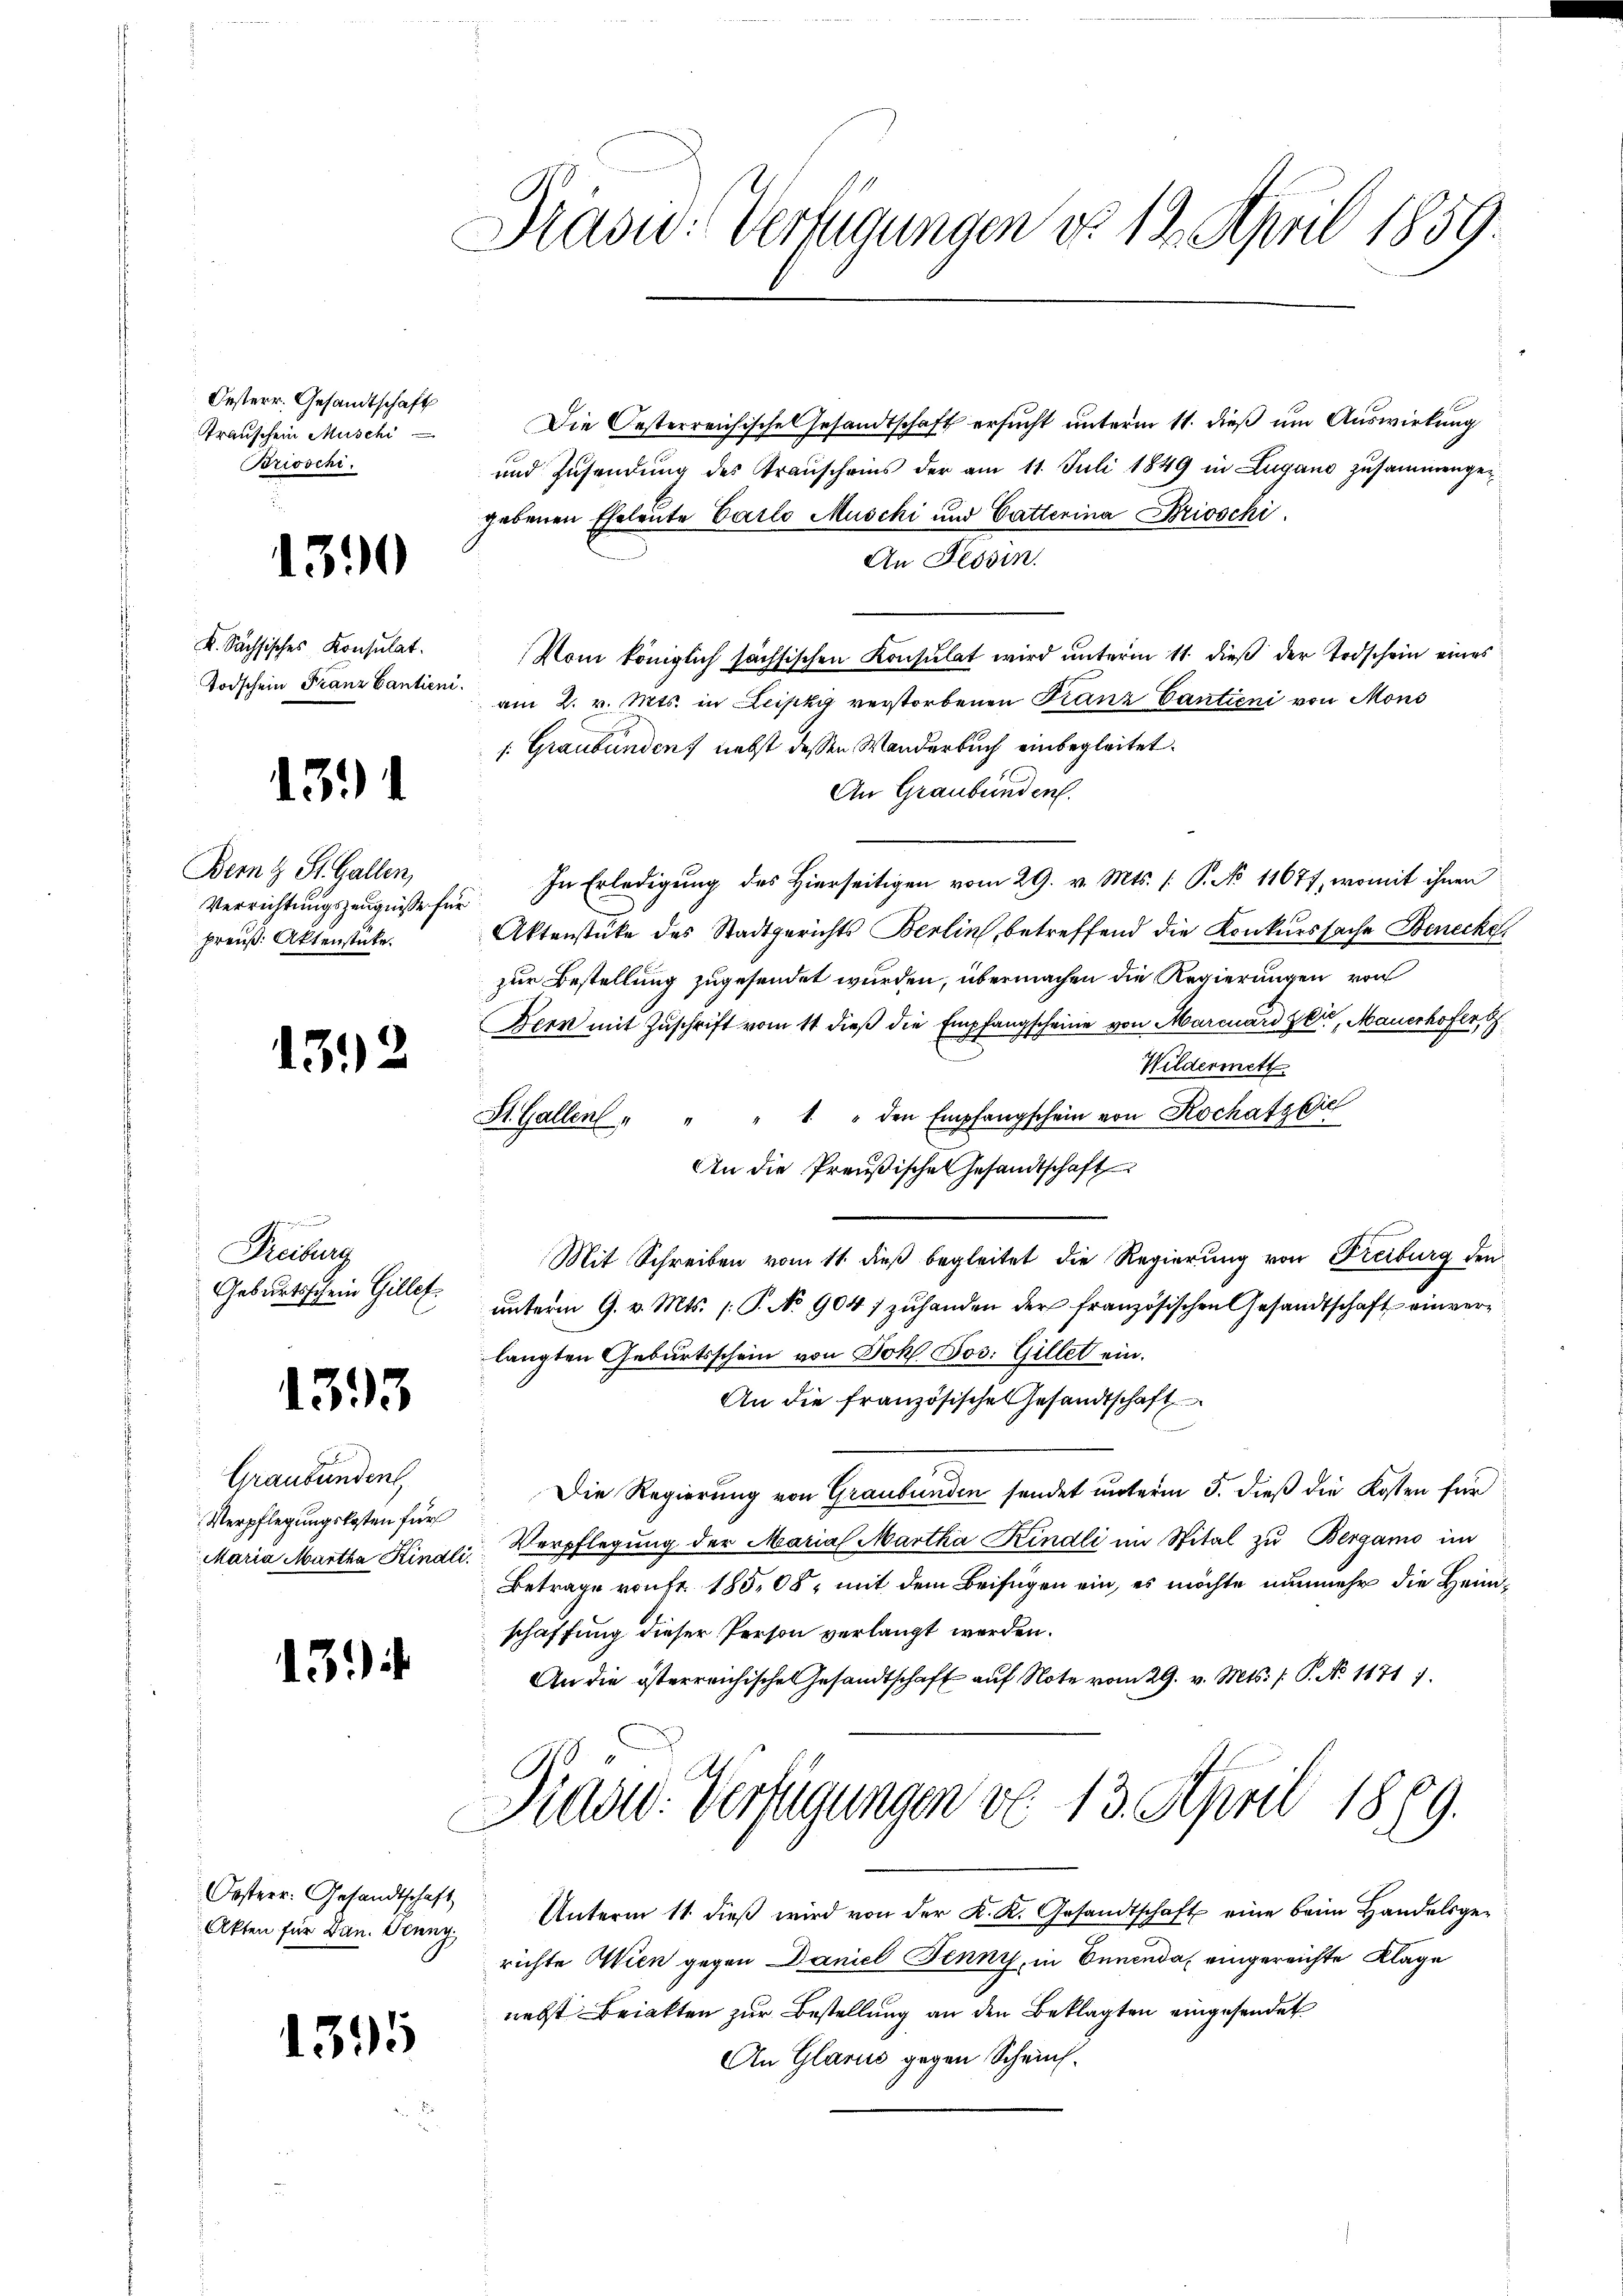
Oesterr. Gesandtschaft
Transchein Muschi
Brioschi

1390

K. Sächsisches Konsulat.
Todschein Franz Cantieni

1394

Bern St. Gallen,
Verrichtungszeugnisse für
preuß. Aktenstücke.

1332

Freiburg
Geburtsschein Gillet

1393

Graubünden
Verpflegungskosten für
Maria Martha Kinali.

13

Oesterr. Gesandtschaft
Akten für Dan. Obung,

1395

Hasw: Verfügungen d. 12. April 1859.

Präsid. Verfügungen vo 13. April 1889.

Die Oesterreichisches Gesandtschaft ersucht unterm 11. dieß um Auswirkung
und Zusendung des Transcheins der am 11. Juli 1849 in Lugano zusammengegebenen Eheleute Carlo Muschi und Catterina Brioschi
An Tessin.
Vom königlich sächsischen Konsulat wird unterm 11. dieß der Erdschein eines
am 2. v. Mts. in Leipzy verstorbenen Franz Cantieni von Mons
s: Graubünden, nebst dessen Wanderbuch einbegleitet.
An Graubünden.
In Erledigung des Hierseitigen vom 29. v. Mts. /: P. No 11677, womit ihnen
Aktenstüke des Stadtgerichts Berlin, betreffend die Konkurssache Benecke
zur Bestellung zugesendet wurden, übermachen die Regierungen von
Dern mit Zuschrift vom 11 dieß die Empfangscheine von Marcuard Zeit, Mauerhofer, 9
Wildermett
St. Gallen " " " " " den Empfangschein von Kochafzeic
An die Preußische Gesandtschaft
Mit Schreiben vom 11. dieß begleitet die Regierung von Freiburg den
ŭnterm 9. v. Mts. (: P. No. 904 zuhanden der französischen Gesandtschaft einverlangten Geburtsschein von Joh. Jos. Gillet ein.
An die französische Gesandtschaft
Die Regierung von Graubünden sendet unterm 5. dieß die Kosten für
Verpflegung der Marial Martha Kindli im Spital zu Bergamo im
Betrage von fr. 185,08, mit dem Beifügen ein, es möchte nunmehr die Heimschaffung dieser Person verlangt werden.
An die österreichische Gesandtschaft aŭf Note vom 29. v. Mts. f. P. N. 1171 7

Unterm 11. dieβ wird von der K. K. Gesandtschaft eine beim Handelsgerichte Wien gegen Daniel Jenny, in Ennenda eingereichte Klage
nebst Briakten zur Bestellung an den Beklagten eingesendet
An Glarus gegen Schein¬